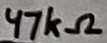
Text: 47kΩ